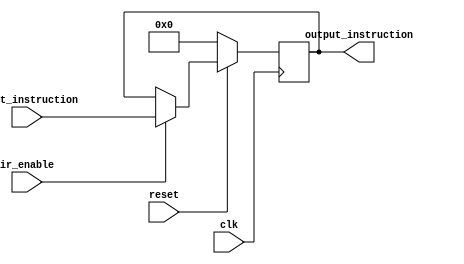
module IR(
    input [31:0] input_instruction,	
    input        ir_enable,			
    input        clk,
	 input        reset,
	 
    output reg [31:0] output_instruction	
);

	always@(negedge clk) begin
		if (reset == 0) begin
			output_instruction <= 32'h00000000;
		end
		else begin
			output_instruction <= (ir_enable == 1)? input_instruction : output_instruction;
		end
		
	end


endmodule